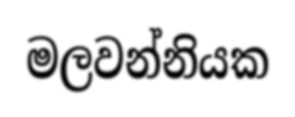
මලවන්නියක